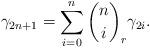
LaTeX: \begin{align*} \gamma_{2n+1} = \sum\limits_{i=0}^n {n \choose i}_r \gamma_{2i}.\end{align*}